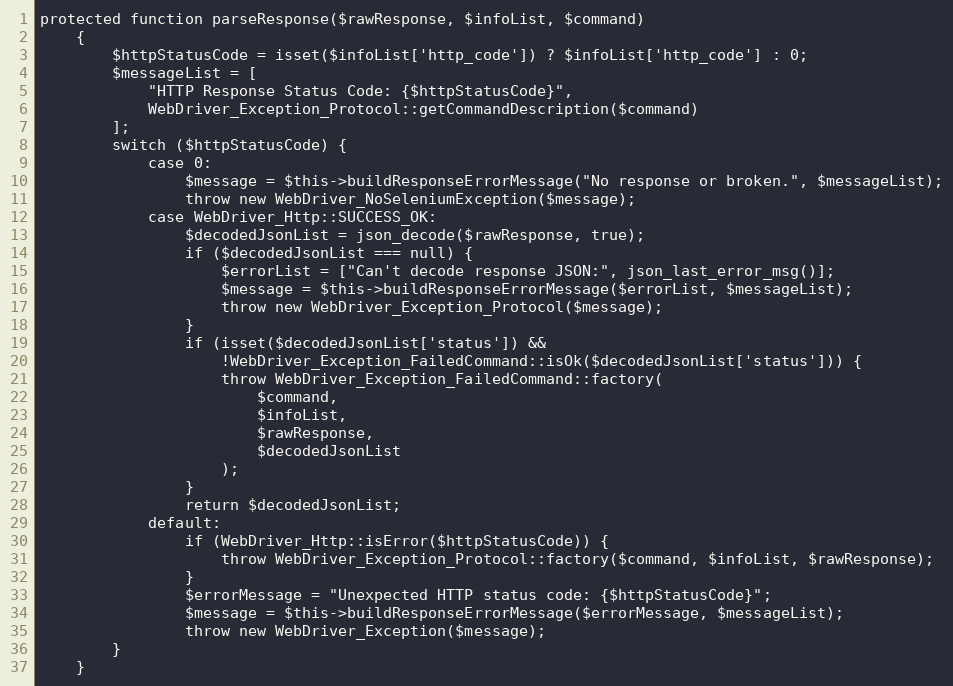
Language: PHP
protected function parseResponse($rawResponse, $infoList, $command)
    {
        $httpStatusCode = isset($infoList['http_code']) ? $infoList['http_code'] : 0;
        $messageList = [
            "HTTP Response Status Code: {$httpStatusCode}",
            WebDriver_Exception_Protocol::getCommandDescription($command)
        ];
        switch ($httpStatusCode) {
            case 0:
                $message = $this->buildResponseErrorMessage("No response or broken.", $messageList);
                throw new WebDriver_NoSeleniumException($message);
            case WebDriver_Http::SUCCESS_OK:
                $decodedJsonList = json_decode($rawResponse, true);
                if ($decodedJsonList === null) {
                    $errorList = ["Can't decode response JSON:", json_last_error_msg()];
                    $message = $this->buildResponseErrorMessage($errorList, $messageList);
                    throw new WebDriver_Exception_Protocol($message);
                }
                if (isset($decodedJsonList['status']) &&
                    !WebDriver_Exception_FailedCommand::isOk($decodedJsonList['status'])) {
                    throw WebDriver_Exception_FailedCommand::factory(
                        $command,
                        $infoList,
                        $rawResponse,
                        $decodedJsonList
                    );
                }
                return $decodedJsonList;
            default:
                if (WebDriver_Http::isError($httpStatusCode)) {
                    throw WebDriver_Exception_Protocol::factory($command, $infoList, $rawResponse);
                }
                $errorMessage = "Unexpected HTTP status code: {$httpStatusCode}";
                $message = $this->buildResponseErrorMessage($errorMessage, $messageList);
                throw new WebDriver_Exception($message);
        }
    }